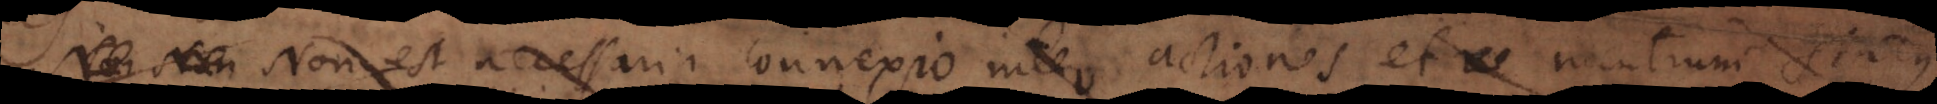
Non est necessaria connexio inter actiones et mentium status